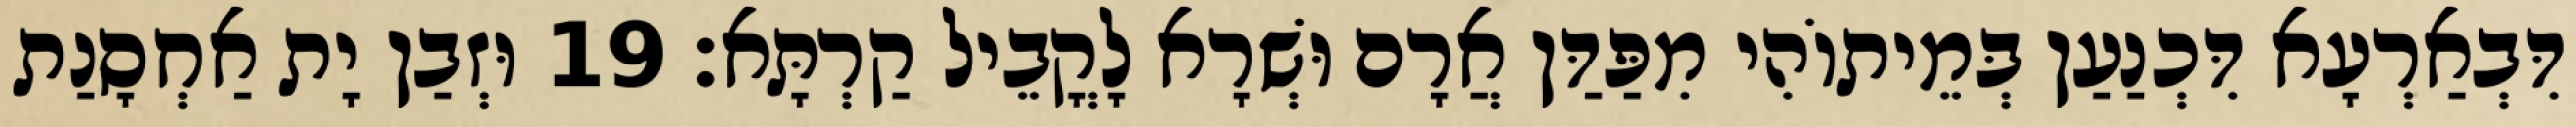
דִּבְאַרְעָא דִּכְנַעַן בְּמֵיתוֹהִי מִפַּדַּן אֲרָם וּשְׁרָא לָקֳבֵיל קַרְתָּא׃ 19 וּזְבַן יָת אַחְסָנַת